Report on the working of the mental hospitals for Indians in Bihar and Orissa - 1925-1929
Year: 1925
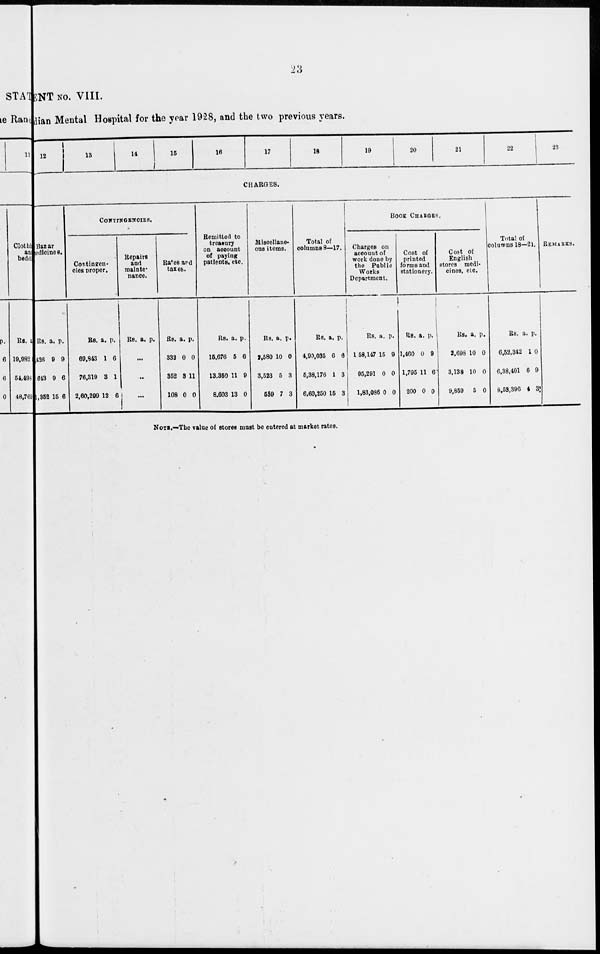
23
ENT No. VIII.
Indian Mental Hospital for the year 1928, and the two previous years.
12
13
14
15
16
17
18
19
20
21
22
23
CHARGES.
Bazar
Medicines.
Rs.
426
613
1,352
a.
9
9
15
p.
9
6
6
CONTINGENCIES.
Contingen¬
cies proper.
Rs.
69,843
76,319
2,60,299
a.
1
3
12
p.
6
1
6
Repairs
and
mainte¬
nance.
Rs. a. p.
...
...
...
Rates and
taxes.
Rs.
332
352
108
a.
0
3
0
p.
0
11
0
Remitted to
treasury
on account
of paying
patients. etc.
Rs.
15,676
13,350
8,603
a.
5
11
13
p.
6
9
0
Miscellane-
ous items.
Rs.
2,580
3,523
539
a.
10
5
7
p.
0
3
3
Total of
columns 8—17.
Rs.
4,90,035
5,38,176
6,60,250
a.
6
1
15
p.
6
3
3
BOOK CHARGES.
Charges on
account of
work done by
the Public
Works
Department.
Rs.
1,58,147
95,291
1,83,086
a.
15
0
0
p.
9
0
0
Cost of
printed
forms and
stationery.
Rs.
1,460
1,795
200
a.
0
11
0
p.
9
6
0
Cost of
English
stores medi-
cines, etc.
Rs.
2,698
3,138
9,859
a.
10
10
5
p.
0
0
0
Total of
columns 18—21.
Rs.
6,52,342
6,38,401
8,53,390
a.
1
6
4
p.
0
9
3
REMARKS.
NOTE.—The value of stores must be entered at market rates.